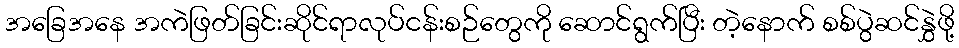
အခြေအနေ အကဲဖြတ်ခြင်းဆိုင်ရာလုပ်ငန်းစဉ်တွေကို ဆောင်ရွက်ပြီး တဲ့နောက် စစ်ပွဲဆင်နွှဲဖို့